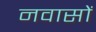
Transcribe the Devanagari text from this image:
नवासों